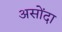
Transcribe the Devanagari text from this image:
असोंदा